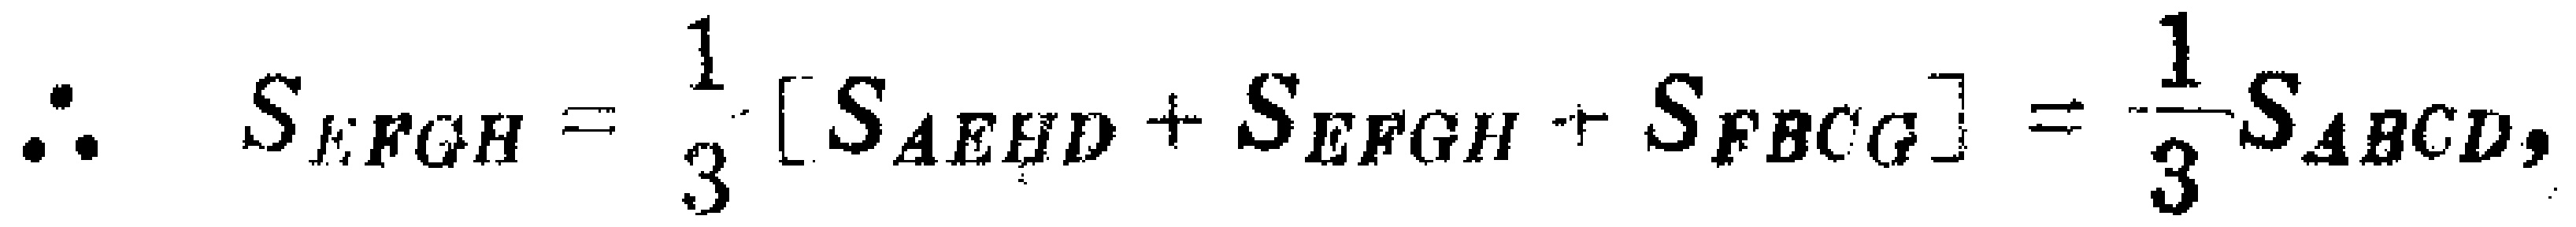
\(\therefore S_{EFGH}=\frac{1}{3}[S_{AEHD}+S_{EFGH}+S_{FBCG}]=\frac{1}{3}S_{ABCD},\)